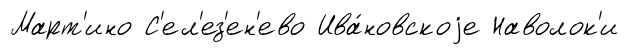
Март'ино С'ел'ез'ен'ево Ива́новскоjе Наволок'и